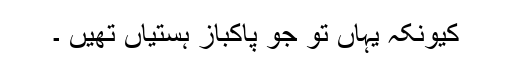
کیونکہ یہاں تو جو پاکباز ہستیاں تھیں ۔